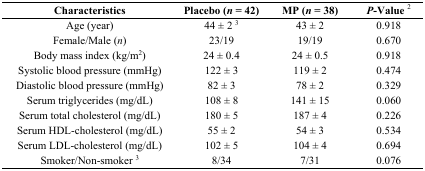
| Characteristics | Placebo (n = 42) | MP (n = 38) | P-Value 2 |
 | --- | --- | --- | --- |
 | Age (year) | 44 ± 2 3 | 43 ± 2 | 0.918 |
 | Female/Male (n) | 23/19 | 19/19 | 0.670 |
 | Body mass index (kg/m2) | 24 ± 0.4 | 24 ± 0.5 | 0.918 |
 | Systolic blood pressure (mmHg) | 122 ± 3 | 119 ± 2 | 0.474 |
 | Diastolic blood pressure (mmHg) | 82 ± 3 | 78 ± 2 | 0.329 |
 | Serum triglycerides (mg/dL) | 108 ± 8 | 141 ± 15 | 0.060 |
 | Serum total cholesterol (mg/dL) | 180 ± 5 | 187 ± 4 | 0.226 |
 | Serum HDL-cholesterol (mg/dL) | 55 ± 2 | 54 ± 3 | 0.534 |
 | Serum LDL-cholesterol (mg/dL) | 102 ± 5 | 104 ± 4 | 0.694 |
 | Smoker/Non-smoker 3 | 8/34 | 7/31 | 0.076 |